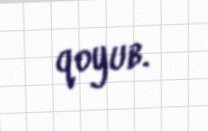
qoyub.